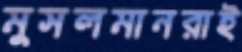
মুসলমানরাই